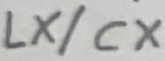
Text: LX/CX